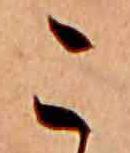
こ